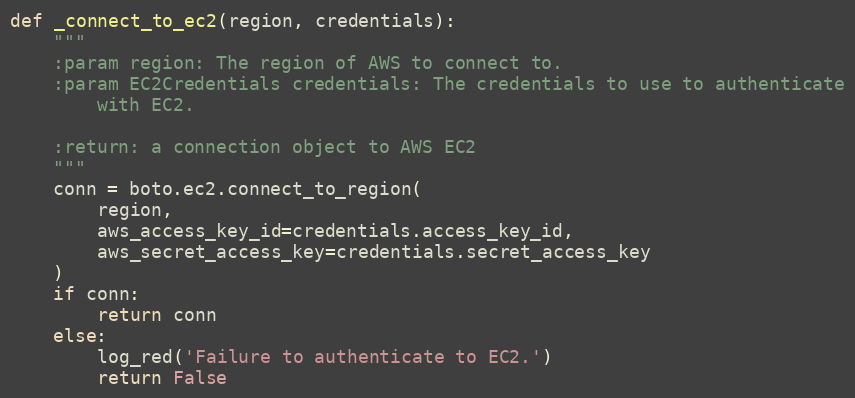
Language: Python
def _connect_to_ec2(region, credentials):
    """
    :param region: The region of AWS to connect to.
    :param EC2Credentials credentials: The credentials to use to authenticate
        with EC2.

    :return: a connection object to AWS EC2
    """
    conn = boto.ec2.connect_to_region(
        region,
        aws_access_key_id=credentials.access_key_id,
        aws_secret_access_key=credentials.secret_access_key
    )
    if conn:
        return conn
    else:
        log_red('Failure to authenticate to EC2.')
        return False